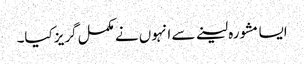
ایسا مشورہ لینے سے انہوں نے مکمل گریز کیا۔